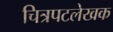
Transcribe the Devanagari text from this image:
चित्रपटलेखक